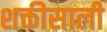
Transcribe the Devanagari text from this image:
शक्तीसाली